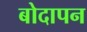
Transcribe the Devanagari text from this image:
बोदापन